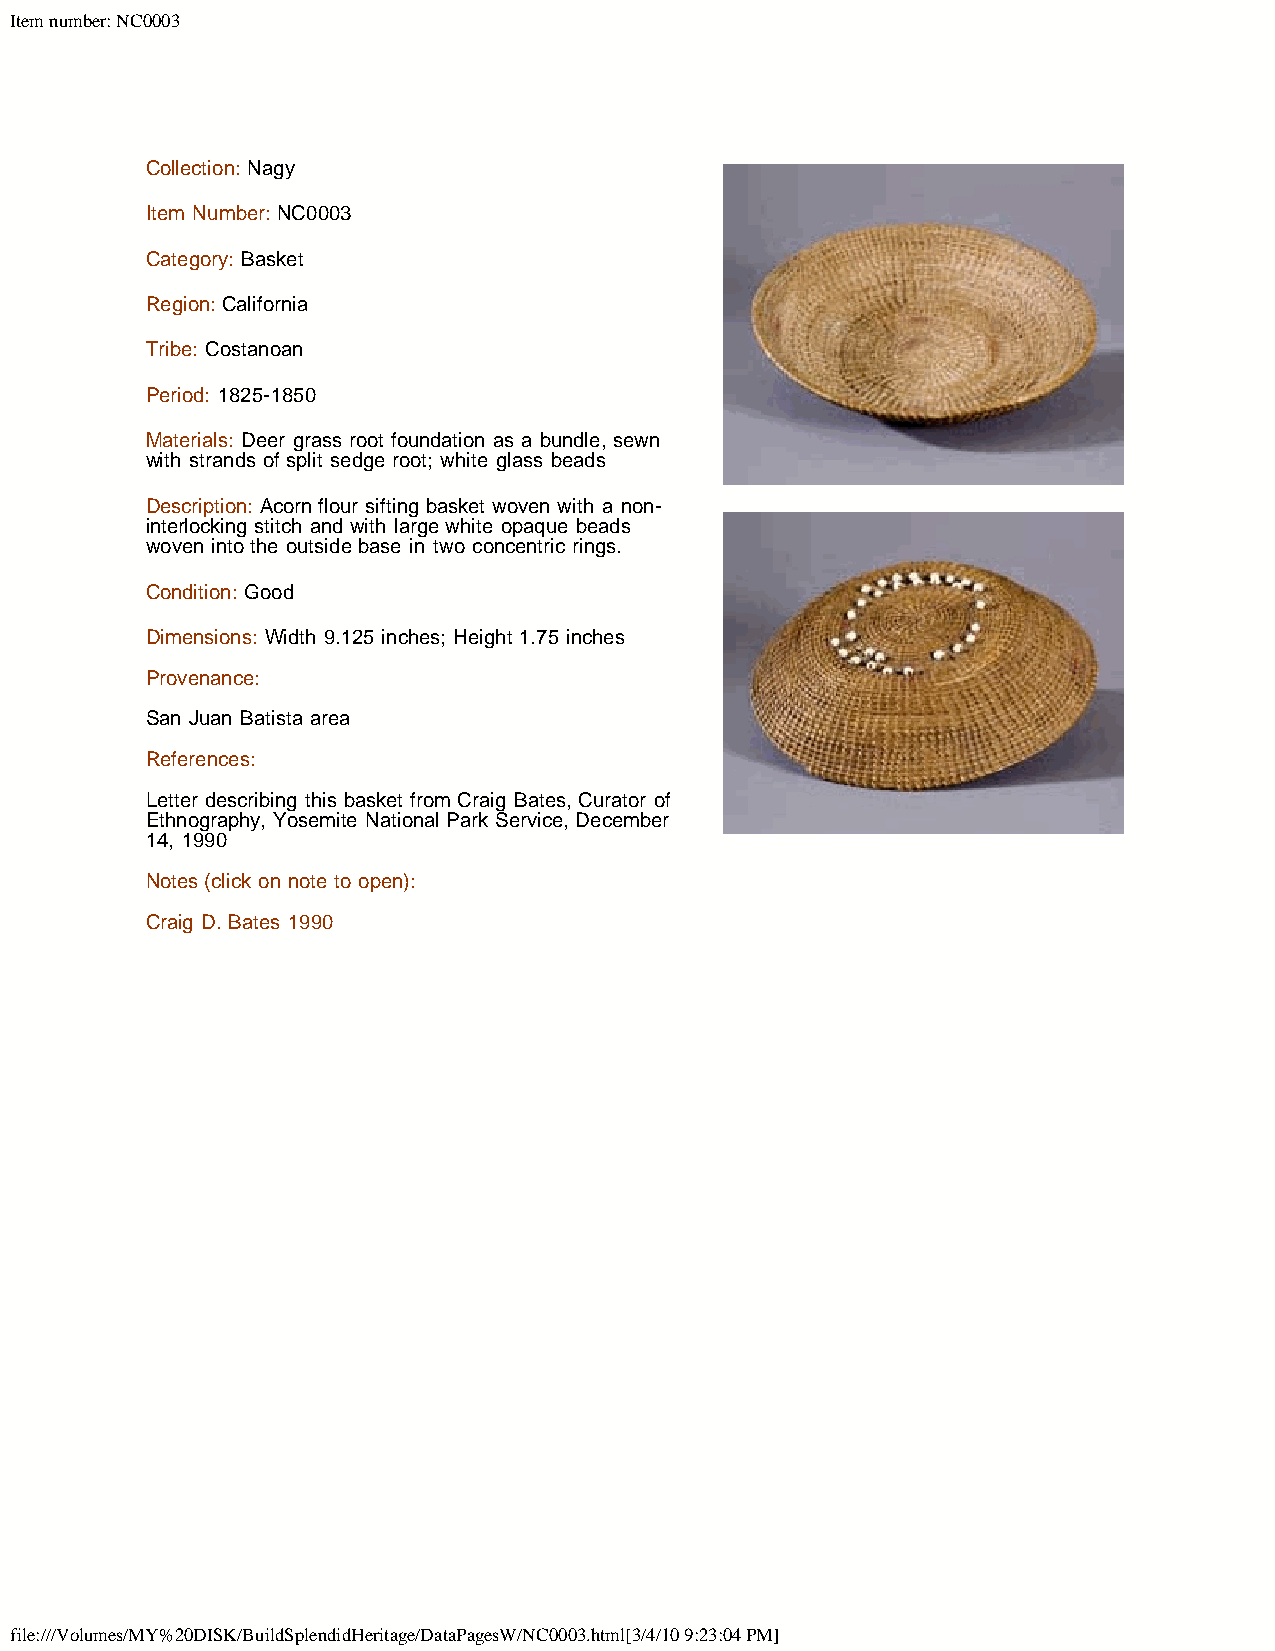
Item number: NC0003
 Collection: Nagy
 Item Number: NC0003
 Category: Basket
 Region: California
 Tribe: Costanoan
 Period: 1825-1850
 Materials: Deer grass root foundation as a bundle, sewn
 with strands of split sedge root; white glass beads
 Description: Acorn flour sifting basket woven with a non-
 interlocking stitch and with large white opaque beads
 woven into the outside base in two concentric rings.
 Condition: Good
 Dimensions: Width 9.125 inches; Height 1.75 inches
 Provenance:
 San Juan Batista area
 References:
 Letter describing this basket from Craig Bates, Curator of
 Ethnography, Yosemite National Park Service, December
 14, 1990
 Notes (click on note to open):
 Craig D. Bates 1990
 file:///Volumes/MY%20DISK/BuildSplendidHeritage/DataPagesW/NC0003.html[3/4/10 9:23:04 PM]